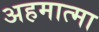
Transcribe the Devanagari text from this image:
अहमात्मा